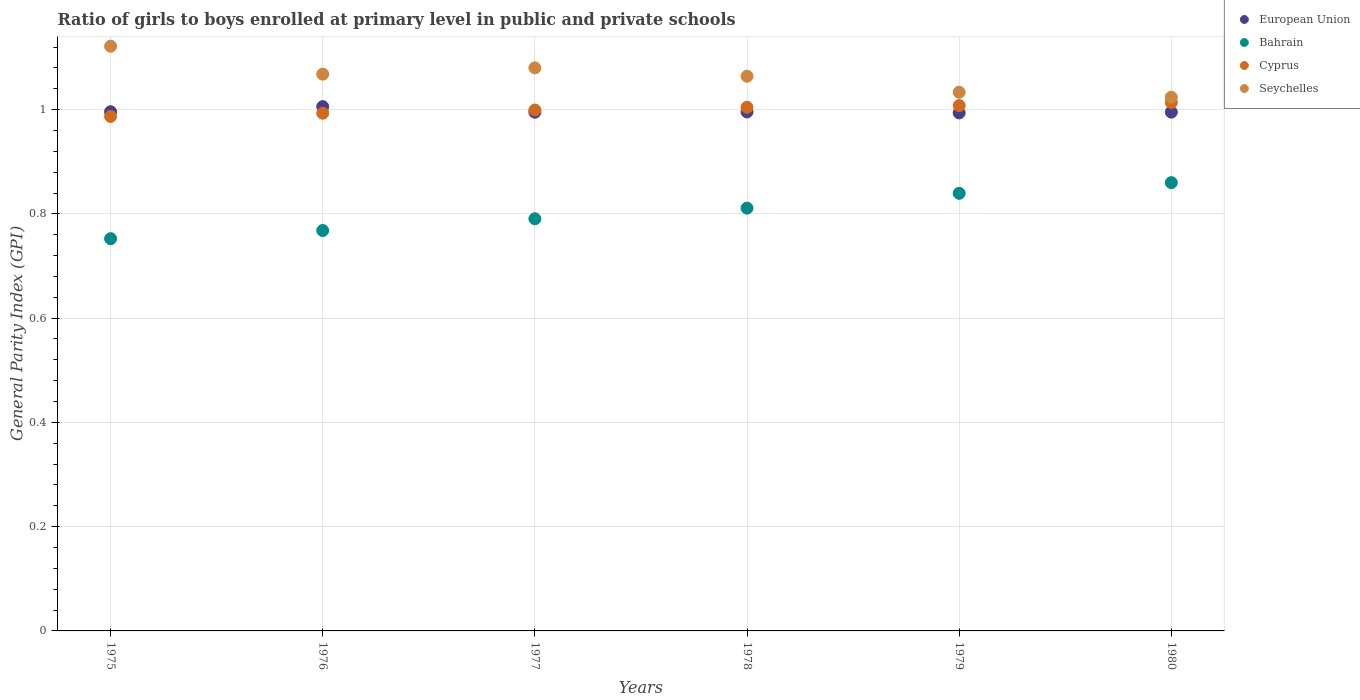
| Years | European Union | Bahrain | Cyprus | Seychelles |
 | --- | --- | --- | --- | --- |
 | 1975 | 0.996 | 0.752 | 0.987 | 1.12 |
 | 1976 | 1.01 | 0.768 | 0.993 | 1.07 |
 | 1977 | 0.995 | 0.791 | 0.999 | 1.08 |
 | 1978 | 0.995 | 0.811 | 1 | 1.06 |
 | 1979 | 0.994 | 0.839 | 1.01 | 1.03 |
 | 1980 | 0.995 | 0.86 | 1.01 | 1.02 |